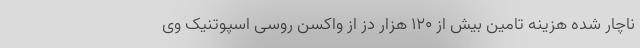
ناچار شده هزینه تامین بیش از ۱۲۰ هزار دُز از واکسن روسی اسپوتنیک وی